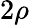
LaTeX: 2\rho